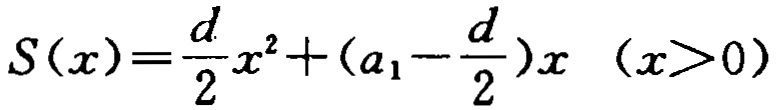
\[S(x)=\frac{d}{2}x^{2}+(a_{1}-\frac{d}{2})x\quad (x > 0)\]